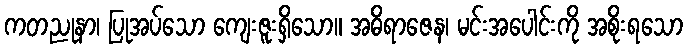
ကတညုနာ၊ ပြုအပ်သော ကျေးဇူးရှိသော။ အဓိရာဇေန၊ မင်းအပေါင်းကို အစိုးရသော